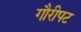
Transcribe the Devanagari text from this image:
गौरीपट